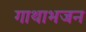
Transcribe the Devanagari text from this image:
गाथाभजन